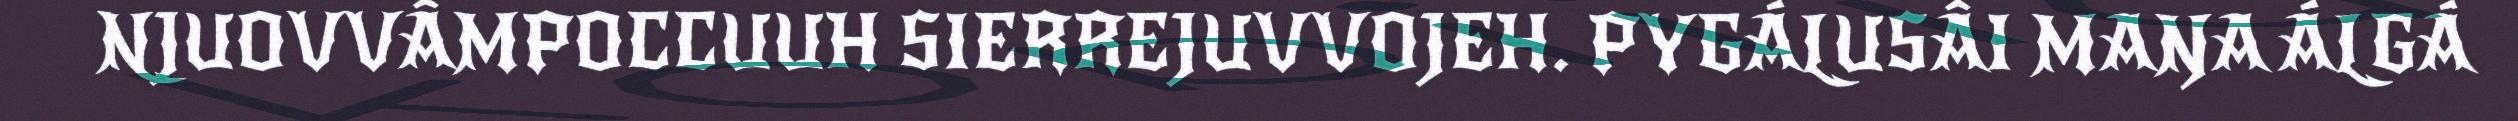
NJUOVVÂMPOCCUUH SIERREJUVVOJEH. PYGÁLUSÂI MAŊA ÁLGÁ